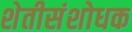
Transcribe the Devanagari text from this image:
शेतीसंशोधक